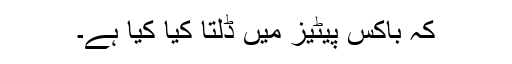
کہ باکس پیٹیز میں ڈلتا کیا کیا ہے۔